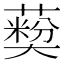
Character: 𦽽